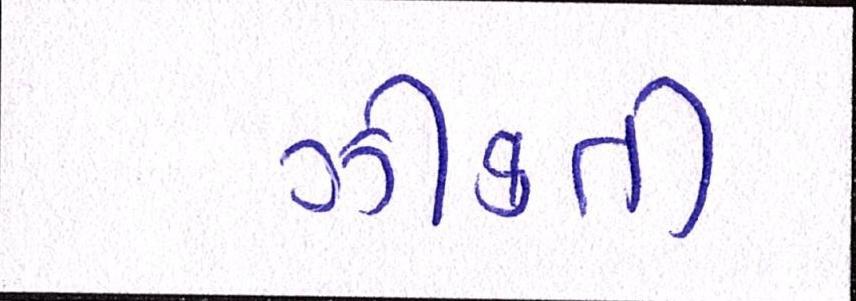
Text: ઝીંકતી